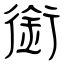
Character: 銜